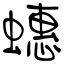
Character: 蟪